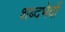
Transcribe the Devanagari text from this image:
शब्दभेदों